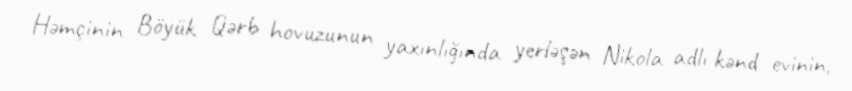
Həmçinin Böyük Qərb hovuzunun yaxınlığında yerləşən Nikola adlı kənd evinin,